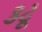
કટૂ